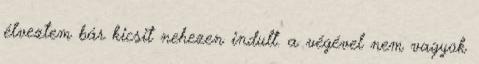
élveztem bár kicsit nehezen indult. a végével nem vagyok